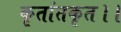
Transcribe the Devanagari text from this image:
कृतांतकृत।।